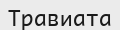
Травиата